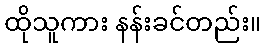
ထိုသူကား နန်းခင်တည်း။